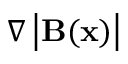
\nabla \left| { \bf B } ( { \bf x } ) \right|